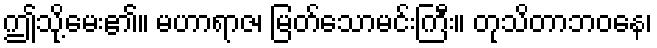
ဤသို့မေး၏။ မဟာရာဇ၊ မြတ်သောမင်းကြီး။ တုသိတာဘဝနေ၊